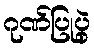
ဂုဏ်ပြုပွဲ